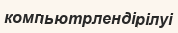
компьютрлендірілуі